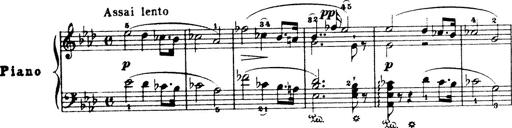
Title: Wagner-Liszt Album
Composer: Franz Liszt